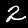
Digit: 2